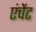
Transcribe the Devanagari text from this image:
एंचेंट